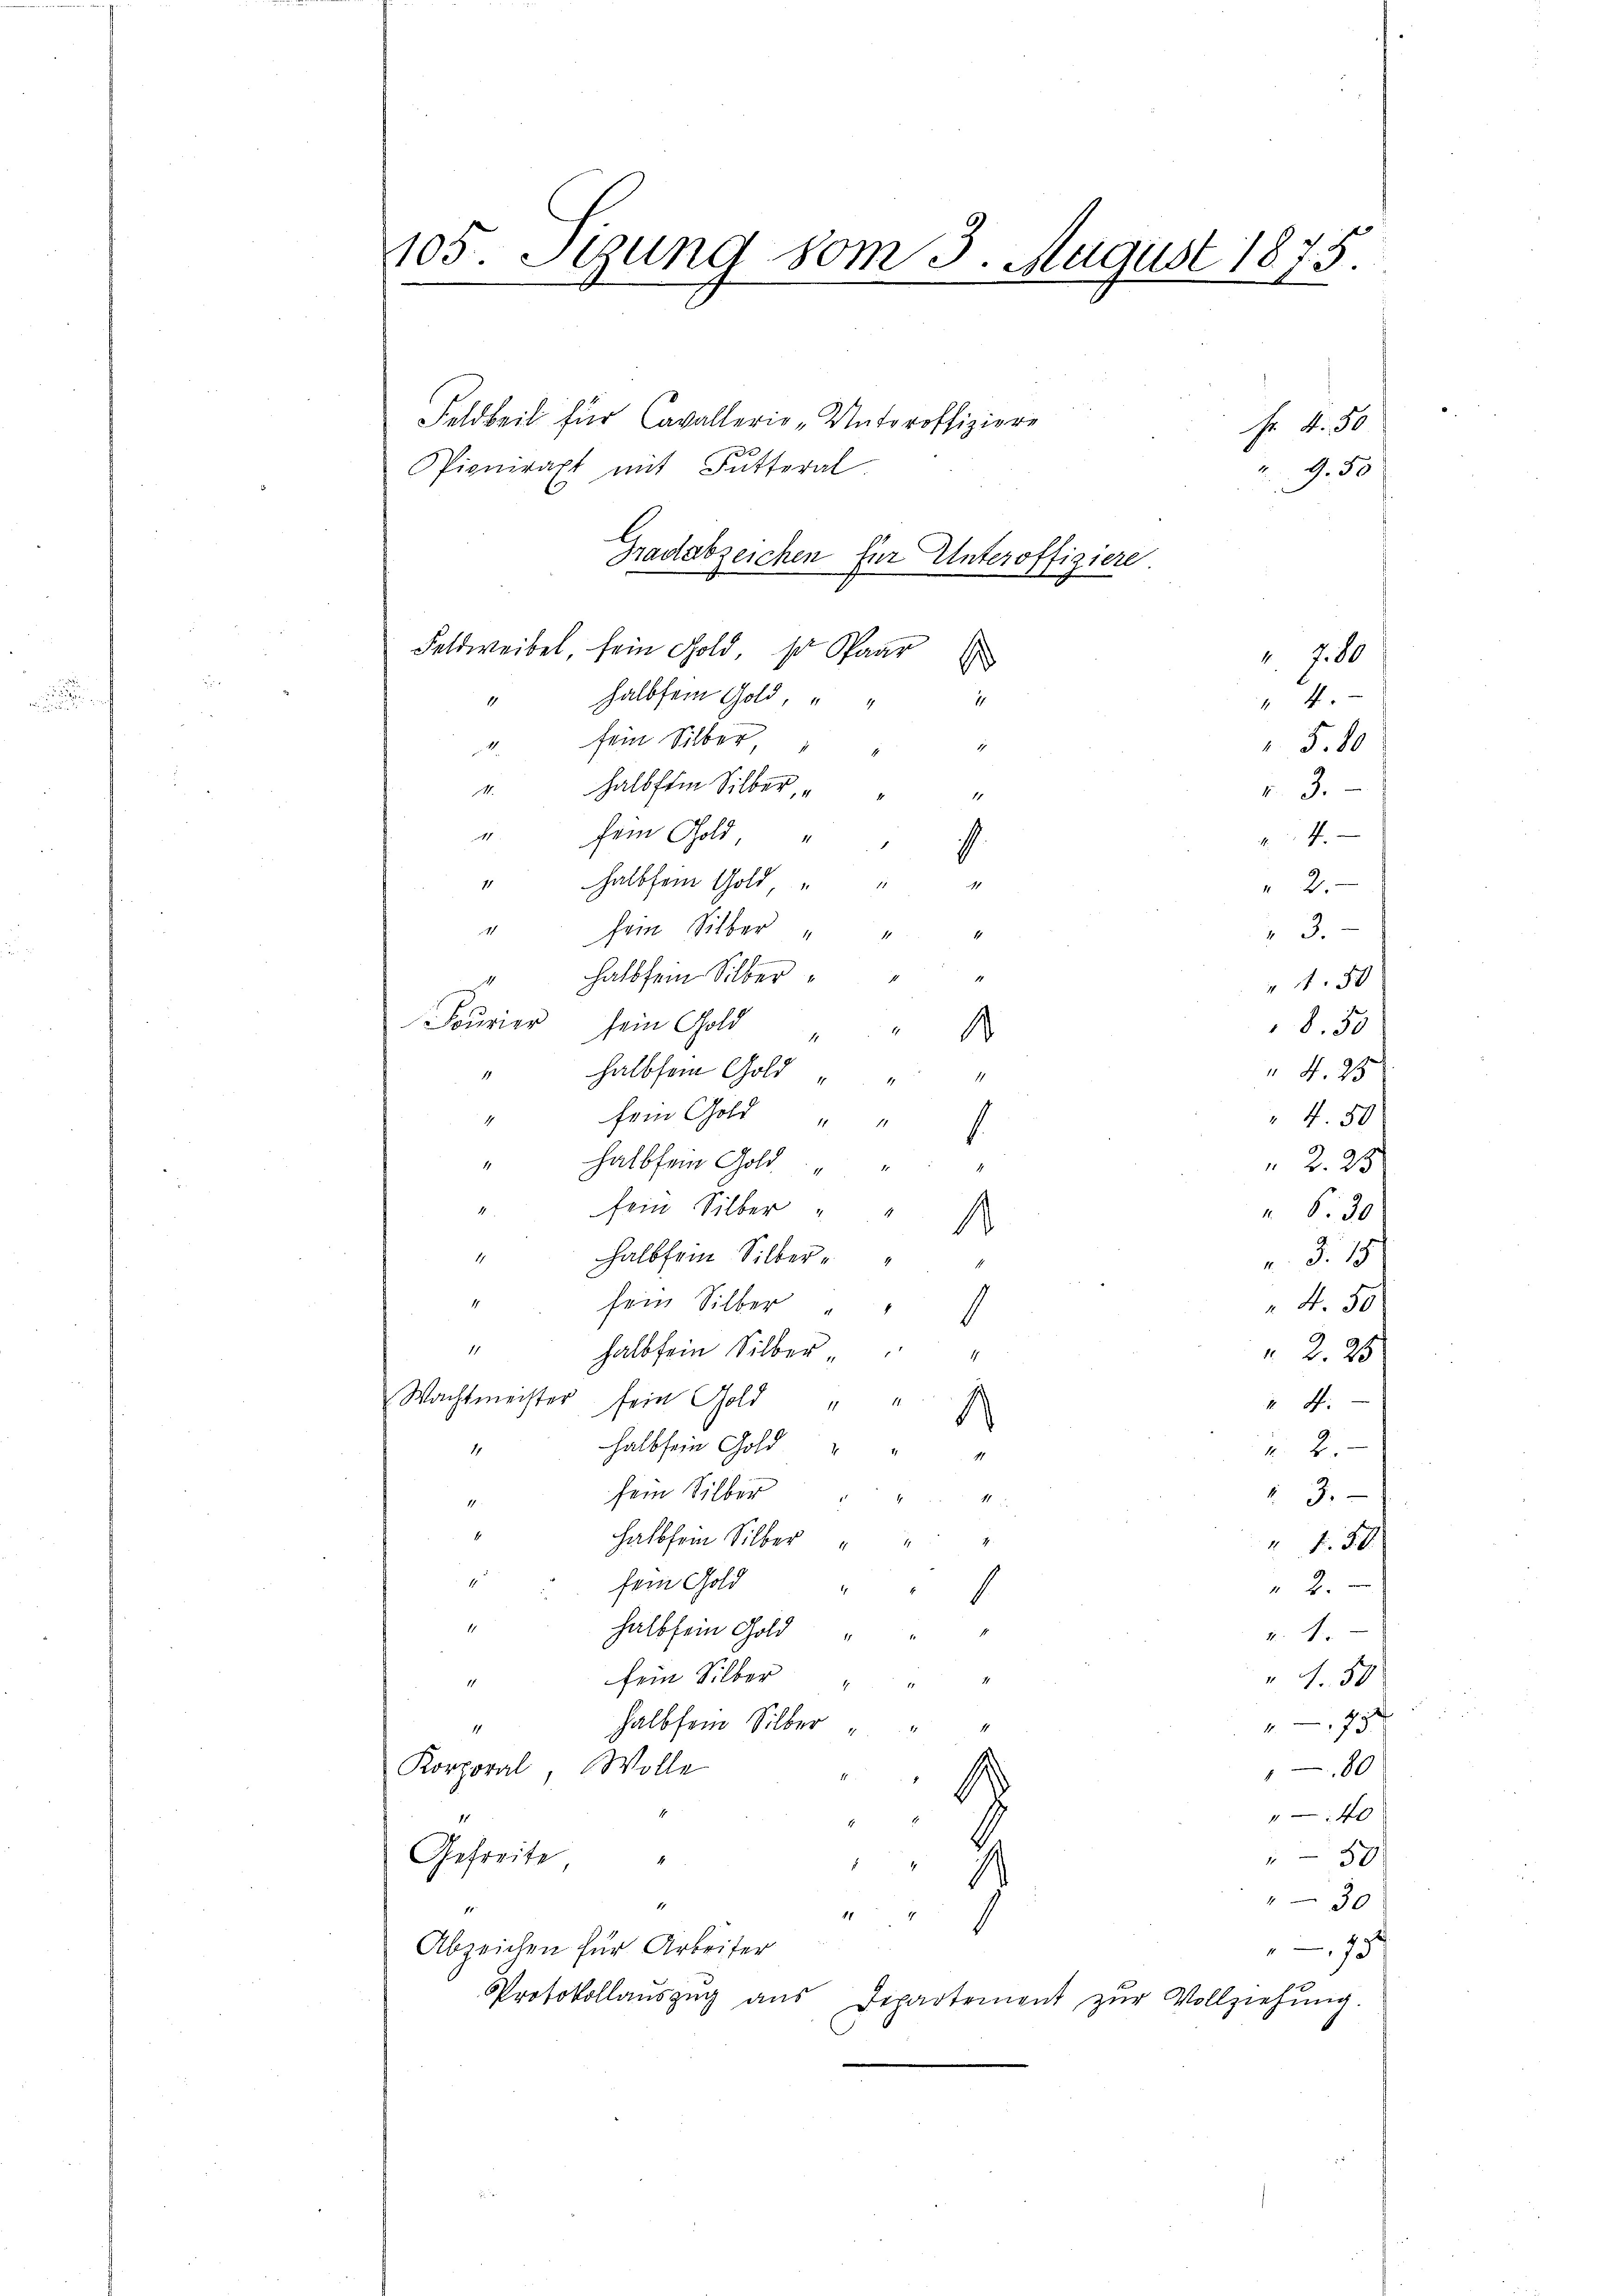
105. Stung vom 3. August 1875.

Feldbeil für Cavallerie-Unteroffiziere
fr. f. 50
Pioniraft mit Futteral
9.50
Gradabzeichen für Unteroffigiere
Feldweibel, sein Gold, so Paar
. 780
halb sein Gold,
4.
17.
4. fein Silber " "
1
§. 10
t
v. 3.
halb sein Silber,
.
fein Gold
.
.
1
halbsem Gold " " "
 2.
4
sein Silber " "
3.
" halb sein Silber
1.50
Fourier sein Gold
8. 50
.
.
halbsem Gold
 N. 25
fein Gold " "
" 4. 50
halb sein Gold
2. 23
.
fein Silber
4
 S. 30
.
halb sein Silber
1
 §. 15
 4. 50.
sein Silber
11
halb sein Silber
 2. 25
Wachtmeister sein Gold " "
 d.
halb sein Gold
1. 2.
4
sein Silber
3.
1
halb sein Silber
" f. 50.
1
fein Gold
1
2.
1
halb sein Gold
v. 4.
fein Silber
" N. 50
98
halb sein Silber
1
Korporal, Wolle
80
4
40
Gefreite
50
s
30
1
1
2
4
Abzeichen für Arbeiter
75
Protokollaŭszŭg aŭs Departement zŭr Vollziehŭng.